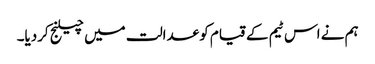
ہم نے اس ٹیم کے قیام کو عدالت میں چیلنج کردیا۔